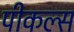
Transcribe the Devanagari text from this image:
पीकल्स